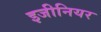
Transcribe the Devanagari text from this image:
इजीनियर